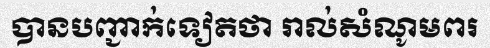
បានបញ្ជាក់ទៀតថា រាល់សំណូមពរ